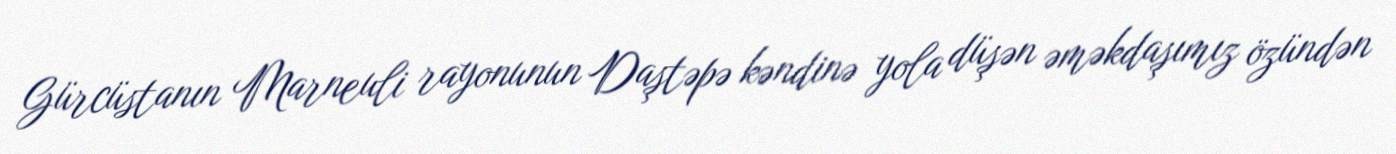
Gürcüstanın Marneuli rayonunun Daştəpə kəndinə yola düşən əməkdaşımız özündən